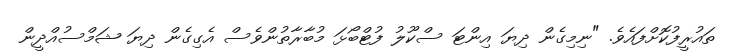
ތައުރީފުކޮށްފައެވެ. "ނިމިގެން ދިޔަ އިންޓަ ސްކޫލު ފުޓްބޯޅަ މުބާރާތުންވެސް އެގިގެން ދިޔަ ޝަމްސުއްދީން